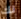
لك